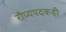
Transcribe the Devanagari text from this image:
रौप्यपदकही